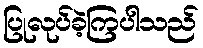
ပြုလုပ်ခဲ့ကြပါသည်